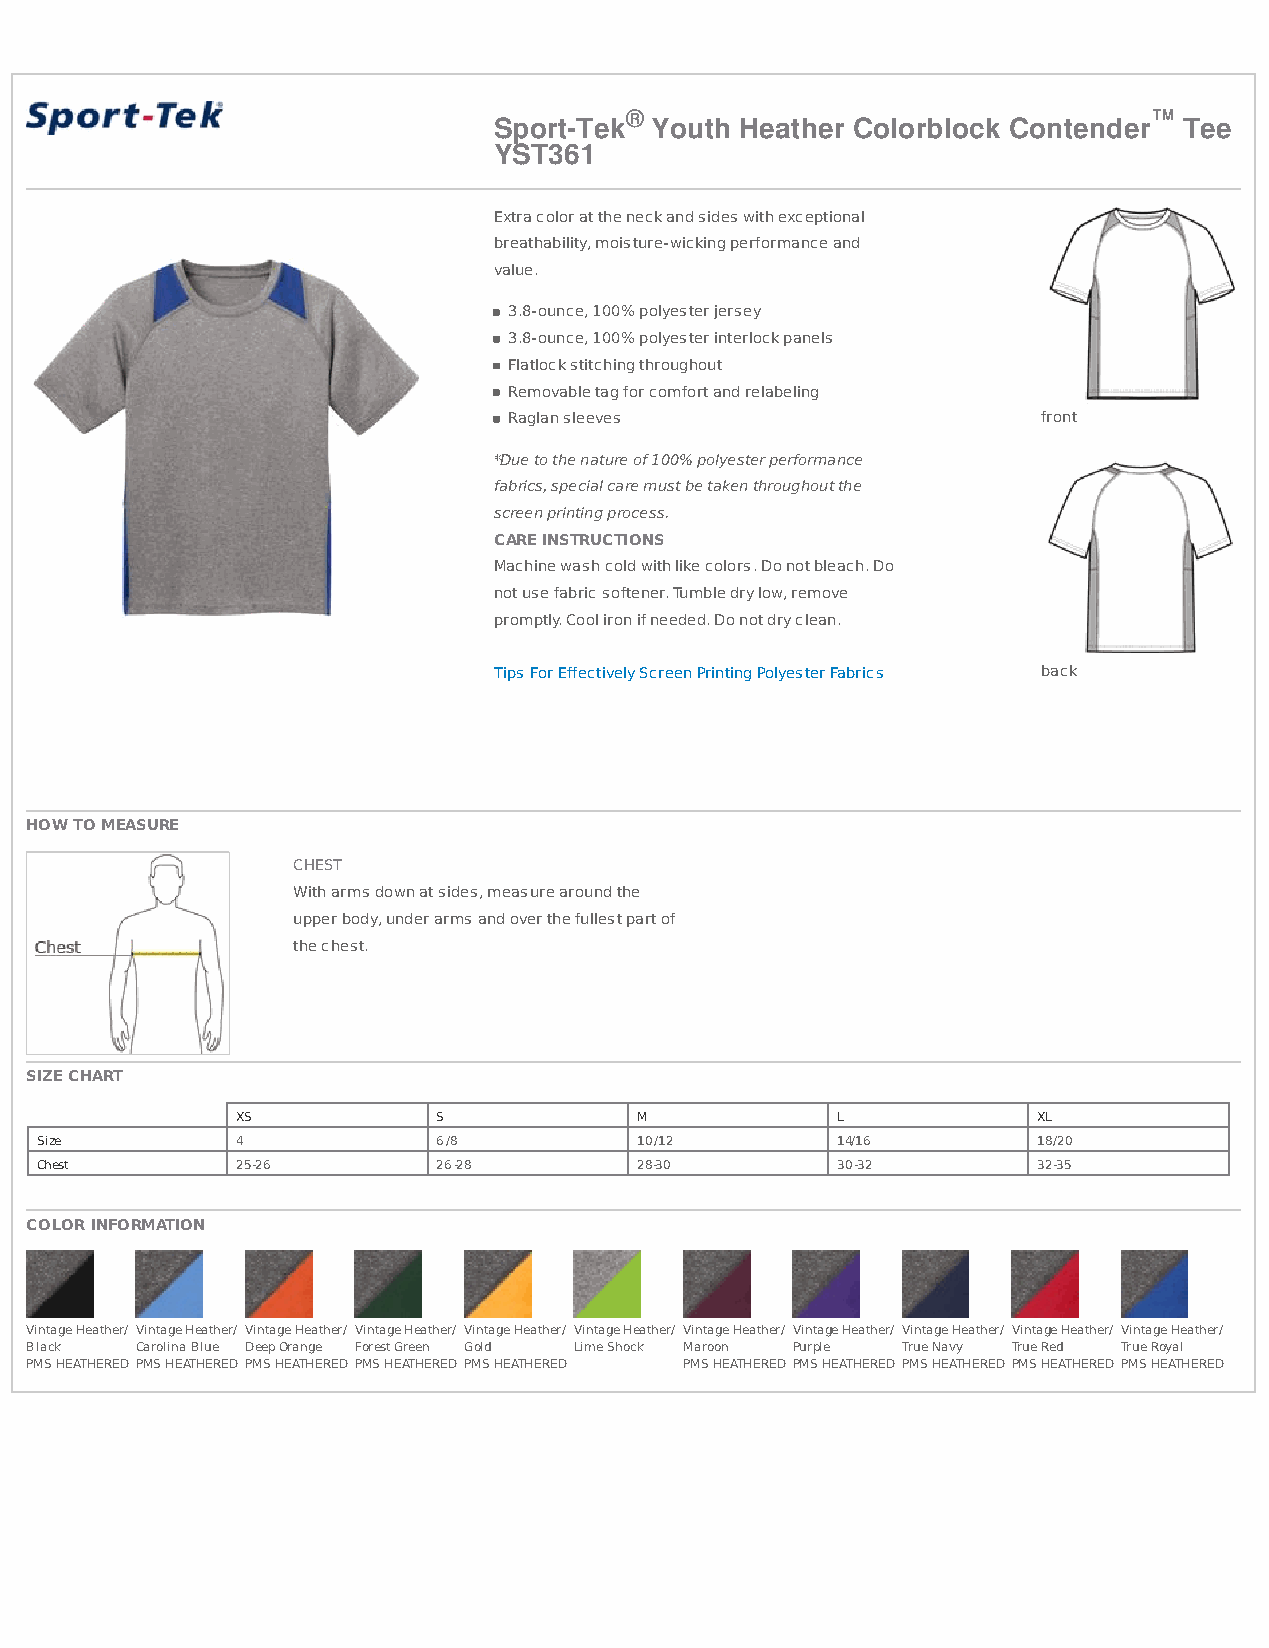
®                                  ™
 Sport-Tek Youth Heather Colorblock Contender Tee
 YST361
 Extra color at the neck and sides with exceptional
 breathability, moisture-wicking performance and
 value.
 3.8-ounce, 100% polyester jersey
 3.8-ounce, 100% polyester interlock panels
 Flatlock stitching throughout
 Removable tag for comfort and relabeling
 Raglan sleeves                     front
 *Due to the nature of 100% polyester performance
 fabrics, special care must be taken throughout the
 screen printing process.
 CARE INSTRUCTIONS
 Machine wash cold with like colors. Do not bleach. Do
 not use fabric softener. Tumble dry low, remove
 promptly. Cool iron if needed. Do not dry clean.
 Tips For Effectively Screen Printing Polyester Fabrics back
 HOW TO MEASURE
 CHEST
 With arms down at sides, measure around the
 upper body, under arms and over the fullest part of
 the chest.
 SIZE CHART
 XS           S            M            L             XL
 Size          4            6/8          10/12        14/16         18/20
 Chest         25-26        26-28        28-30        30-32         32-35
 COLOR INFORMATION
 Vintage Heather/ Vintage Heather/ Vintage Heather/ Vintage Heather/ Vintage Heather/ Vintage Heather/ Vintage Heather/ Vintage Heather/ Vintage Heather/ Vintage Heather/ Vintage Heather/
 Black  Carolina Blue Deep Orange Forest Green Gold Lime Shock Maroon Purple True Navy True Red True Royal
 PMS HEATHERED PMS HEATHERED PMS HEATHERED PMS HEATHERED PMS HEATHERED PMS HEATHERED PMS HEATHERED PMS HEATHERED PMS HEATHERED PMS HEATHERED